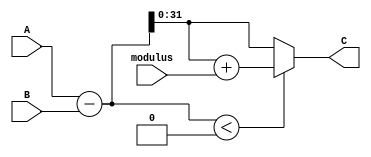
`timescale 1ns / 1ps

module mod_sub #(
    parameter WIDTH = 32
  ) (
    input wire  [WIDTH-1:0] A,
    input wire  [WIDTH-1:0] B,
    input wire  [WIDTH-1:0] modulus,
    output wire [WIDTH-1:0] C
    );
    
    wire signed   [WIDTH:0] diff;
    wire          [WIDTH:0] diff_mod;
    
    assign diff = A - B;
    assign diff_mod = diff + modulus;
    assign C = (diff < 0) ? diff_mod : diff;
   
endmodule